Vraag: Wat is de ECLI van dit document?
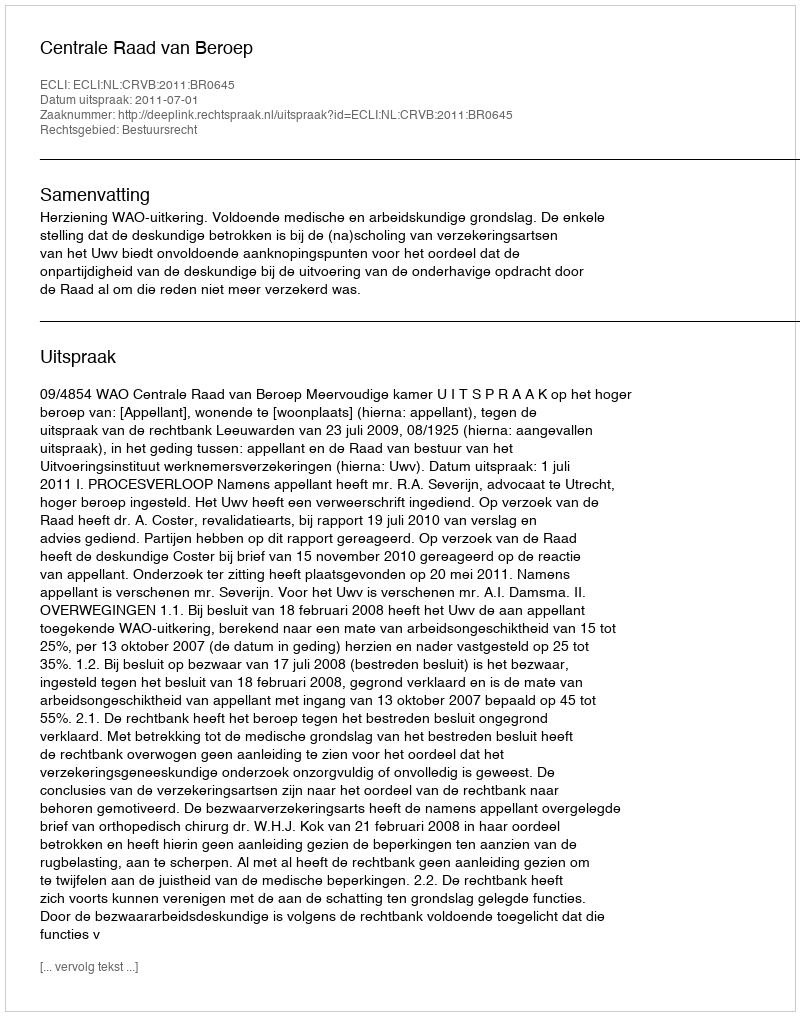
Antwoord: ECLI:NL:CRVB:2011:BR0645